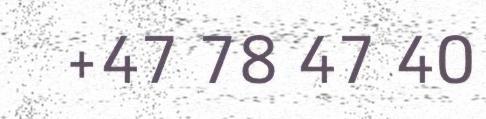
+47 78 47 40